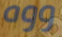
ووه